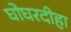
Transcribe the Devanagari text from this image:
घोघरदीहा